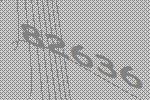
82636